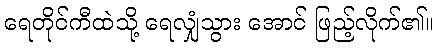
ရေတိုင်ကီထဲသို့ ရေလျှံသွား အောင် ဖြည့်လိုက်၏။